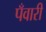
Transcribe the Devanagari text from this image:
पँवारी